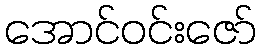
အောင်ဝင်းဇော်